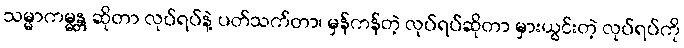
သမ္မာကမ္မန္တ ဆိုတာ လုပ်ရပ်နဲ့ ပတ်သက်တာ၊ မှန်ကန်တဲ့ လုပ်ရပ်ဆိုတာ မှားယွင်းတဲ့ လုပ်ရပ်ကို